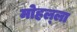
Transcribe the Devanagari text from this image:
मोहल्‍ला